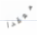
معقدا